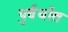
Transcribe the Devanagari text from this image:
पुर्वर्धात